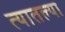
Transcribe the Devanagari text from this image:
त्‍यातल्‍या